Anatomy and histology of ticks - Number 23
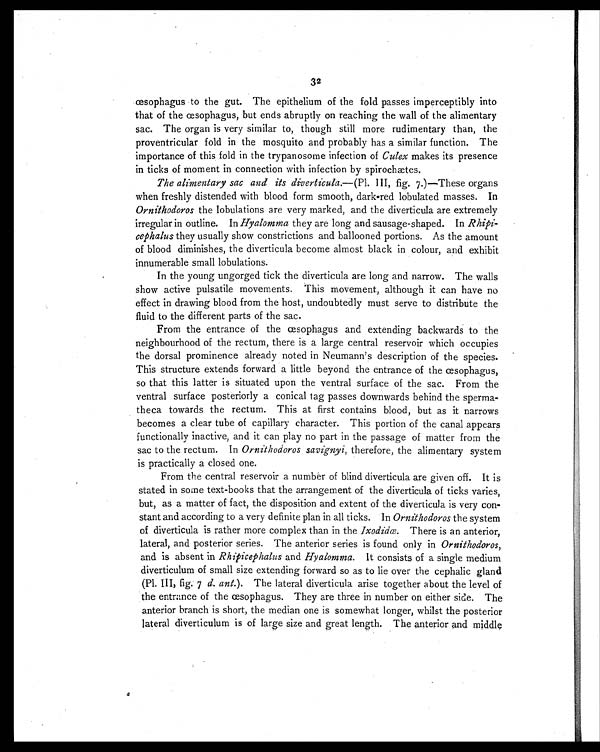
32
œsophagus to the gut. The epithelium of the fold passes imperceptibly into
that of the œsophagus, but ends abruptly on reaching the wall of the alimentary
sac. The organ is very similar to, though still more rudimentary than, the
proventricular fold in the mosquito and probably has a similar function. The
importance of this fold in the trypanosome infection of Culex makes its presence
in ticks of moment in connection with infection by spirochetes.
The alimentary sac and its diverticula. —(Pl. III, fig. 7.)—These organs
when freshly distended with blood form smooth, dark-red lobulated masses. In
Ornithodoros the lobulations are very marked, and the diverticula are extremely
irregular in outline. In Hyalomma they are long and sausage-shaped. In Rhipi-
cephalus they usually show constrictions and ballooned portions. As the amount
of blood diminishes, the diverticula become almost black in colour, and exhibit
innumerable small lobulations.
In the young ungorged tick the diverticula are long and narrow. The walls
show active pulsatile movements. This movement, although it can have no
effect in drawing blood from the host, undoubtedly must serve to distribute the
fluid to the different parts of the sac.
From the entrance of the œsophagus and extending backwards to the
neighbourhood of the rectum, there is a large central reservoir which occupies
the dorsal prominence already noted in Neumann's description of the species.
This structure extends forward a little beyond the entrance of the œsophagus,
so that this latter is situated upon the ventral surface of the sac. From the
ventral surface posteriorly a conical tag passes downwards behind the sperma-
theca towards the rectum. This at first contains blood, but as it narrows
becomes a clear tube of capillary character. This portion of the canal appears
functionally inactive, and it can play no part in the passage of matter from the
sac to the rectum. In Ornithodoros savignyi, therefore, the alimentary system
is practically a closed one.
From the central reservoir a number of blind diverticula are given off. It is
stated in some text-books that the arrangement of the diverticula of ticks varies,
but, as a matter of fact, the disposition and extent of the diverticula is very con-
stant and according to a very definite plan in all ticks. In Ornithodoros the system
of diverticula is rather more complex than in the Ixodidæ. There is an anterior,
lateral, and posterior series. The anterior series is found only in Ornithodoros,
and is absent in Rhipicephalus and Hyalomma. It consists of a single medium
diverticulum of small size extending forward so as to lie over the cephalic gland
(Pl. III, fig. 7 d. ant. ). The lateral diverticula arise together about the level of
the entrance of the œsophagus. They are three in number on either side. The
anterior branch is short, the median one is somewhat longer, whilst the posterior
lateral diverticulum is of large size and great length. The anterior and middle